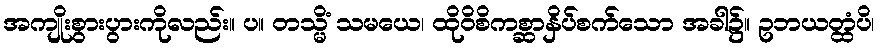
အကျိုးစွားပွားကိုလည်း။ ပ။ တသ္မိံ သမယေ၊ ထိုဝိစိကစ္ဆာနှိပ်စက်သော အခါ၌။ ဥဘယတ္ထံပိ၊